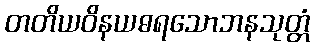
တတိယဝိနယဓရသောဘနသုတ္တံ